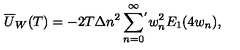
\overline { { U } } _ { W } ( T ) = - 2 T \Delta n ^ { 2 } \sum _ { n = 0 } ^ { \infty } \! { } ^ { ' } w _ { n } ^ { 2 } E _ { 1 } ( 4 w _ { n } ) { , }